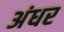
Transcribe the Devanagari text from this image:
अंधर